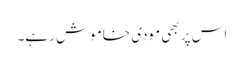
اس پر بھی مودی خاموش رہے۔